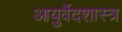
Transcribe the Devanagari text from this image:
आयुर्वेदशास्त्र